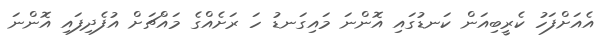
އެއަށްފަހު ކެރީބިއަން ކަނޑުގައި އޮންނަ މައިގަނޑު ހަ ރަށެއްގެ މައްޗަށް އުފެދިފައި އޮންނަ